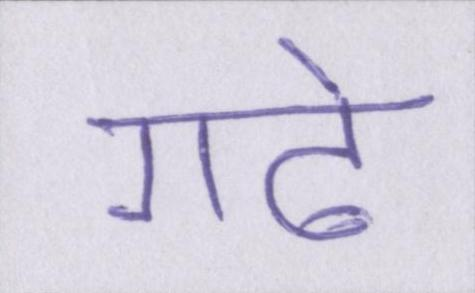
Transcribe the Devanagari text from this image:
गढे